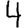
Digit: 4